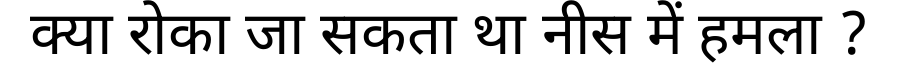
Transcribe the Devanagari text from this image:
क्या रोका जा सकता था नीस में हमला ?